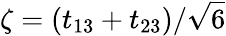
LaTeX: \zeta=(t_{13}+t_{23})/\sqrt{6}